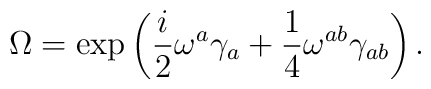
\Omega=\exp\left(  \frac{i}{2}\omega^{a}\gamma_{a}+\frac{1}{4}\omega^{ab}\gamma_{ab}\right)  .